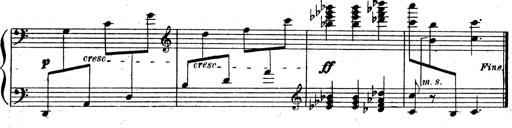
Title: 3 Sonatinas for Piano
Composer: Vissarion Shebalin